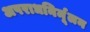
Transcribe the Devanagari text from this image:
अपराधनिर्मूलन